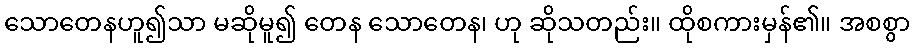
သောတေနဟူ၍သာ မဆိုမူ၍ တေန သောတေန၊ ဟု ဆိုသတည်း။ ထိုစကားမှန်၏။ အစစွာ